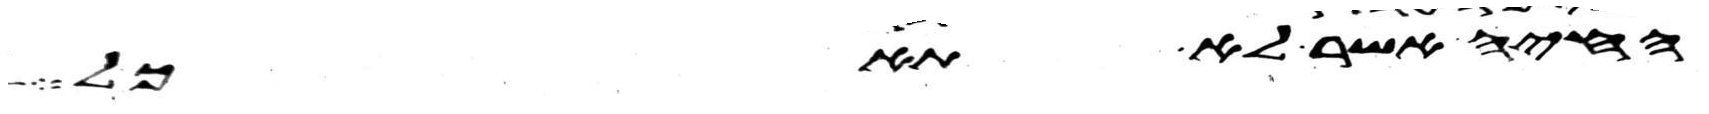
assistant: החיה אשר לא תאכל